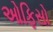
ઓફિસો